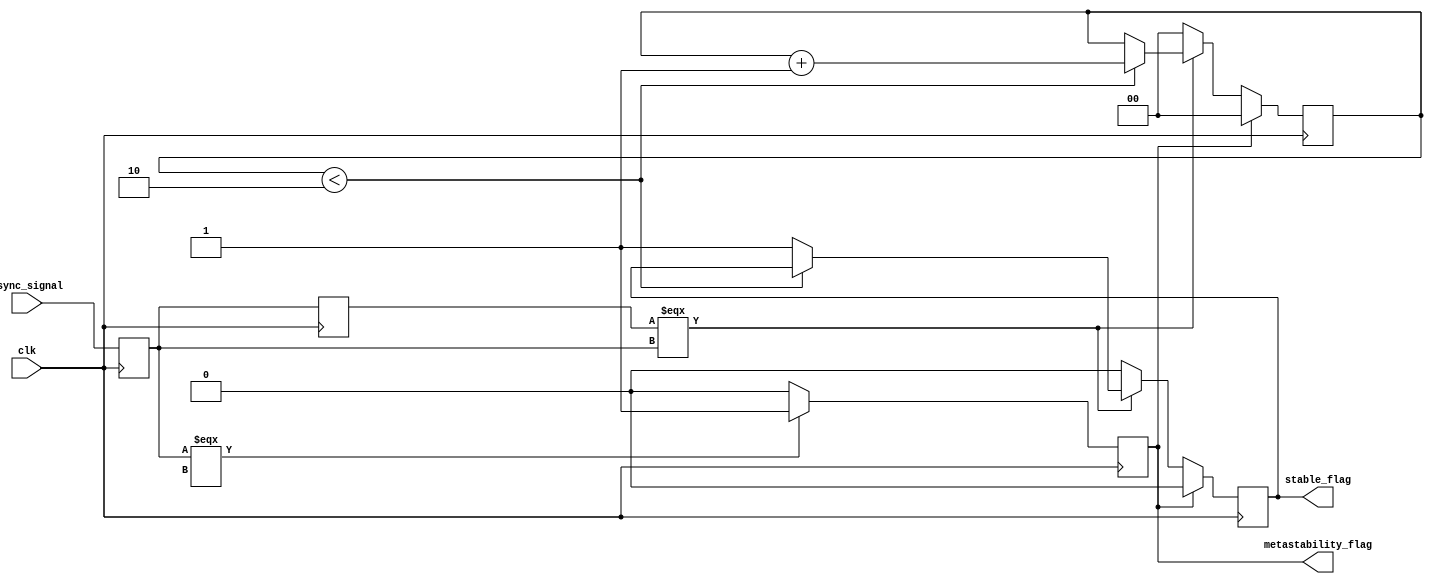
module metastability_detector (
    input wire clk,              // Clock signal
    input wire async_signal,     // Asynchronous input signal
    output reg metastability_flag, // Metastability flag
    output reg stable_flag        // Stable flag
);

    // Internal signals for latches
    reg latch1_out, latch2_out;

    // Parameters for timing considerations
    parameter STABLE_DELAY = 2; // Number of clock cycles to consider for stabilization

    // Latch 1: Sample the asynchronous input signal
    always @(posedge clk) begin
        latch1_out <= async_signal;
    end

    // Latch 2: Sample the output of the first latch
    always @(posedge clk) begin
        latch2_out <= latch1_out;
    end

    // Metastability detection logic
    always @(posedge clk) begin
        // Check for metastability condition
        if (latch1_out === 1'bx) begin
            metastability_flag <= 1'b1; // Indicate metastable state
        end else begin
            metastability_flag <= 1'b0; // Clear metastability flag
        end
    end

    // Stable flag logic
    reg [1:0] stable_counter; // Counter to track stabilization

    always @(posedge clk) begin
        if (metastability_flag) begin
            stable_counter <= 2'b00; // Reset counter on metastability
            stable_flag <= 1'b0;     // Clear stable flag
        end else if (latch2_out === latch1_out) begin
            if (stable_counter < STABLE_DELAY) begin
                stable_counter <= stable_counter + 1; // Increment counter
            end else begin
                stable_flag <= 1'b1; // Assert stable flag after stabilization
            end
        end else begin
            stable_counter <= 2'b00; // Reset counter on change
            stable_flag <= 1'b0;     // Clear stable flag
        end
    end

endmodule